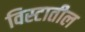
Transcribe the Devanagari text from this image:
विस्टातील